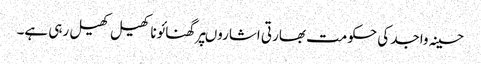
حسینہ واجد کی حکومت بھارتی اشاروںپرگھنائوناکھیل کھیل رہی ہے۔